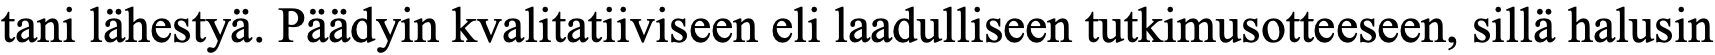
tani lähestyä. Päädyin kvalitatiiviseen eli laadulliseen tutkimusotteeseen, sillä halusin